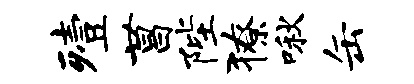
殪菖陛獠啾缶